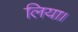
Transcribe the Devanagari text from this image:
लिया।